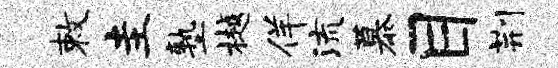
敕圭塾樾佯流慕目荆